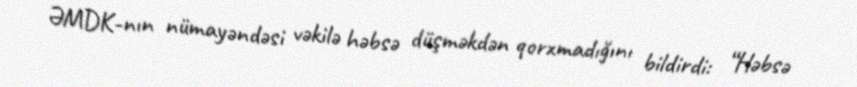
ƏMDK-nın nümayəndəsi vəkilə həbsə düşməkdən qorxmadığını bildirdi: “Həbsə